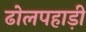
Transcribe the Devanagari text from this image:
ढोलपहाड़ी